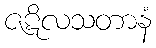
ဇဋိလသတာနံ